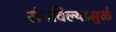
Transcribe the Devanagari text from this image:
संपविल्यामुळे